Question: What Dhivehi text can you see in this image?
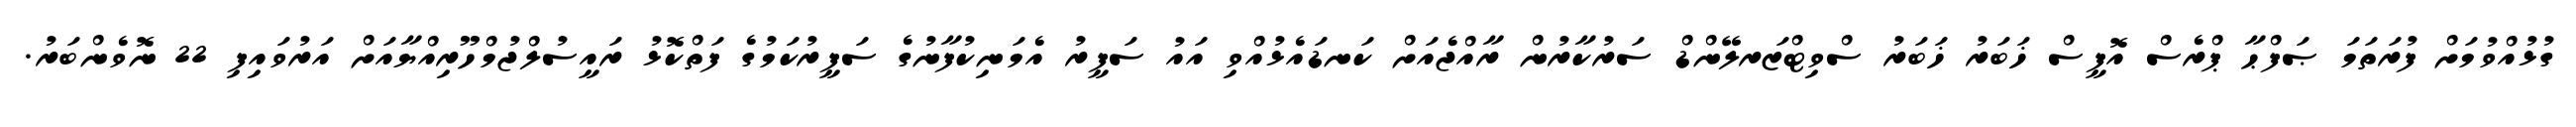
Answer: ގުޅުއްވުމަށް ފުރަތަމަ ޞަފްޙާ ޕްރެސް އޮފީސް ޚަބަރު ޚަބަރު ސްވިޓްޒަރލޭންޑް ސަރުކާރުން ރާއްޖެއަށް ކަނޑައެޅުއްވި އައު ސަފީރު އެމަނިކުފާނުގެ ސަފީރުކަމުގެ ފަތްކޮޅު ރައީސުލްޖުމްހޫރިއްޔާއަށް އަރުވައިފި 22 ނޮވެންބަރު.